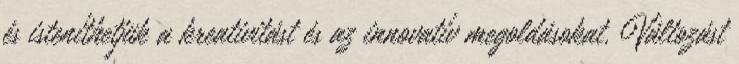
és isteníthetjük a kreativitást és az innovatív megoldásokat. Változást